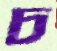
চ